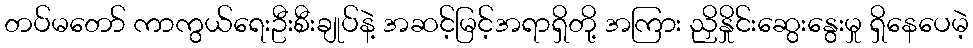
တပ်မတော် ကာကွယ်ရေးဦးစီးချုပ်နဲ့ အဆင့်မြင့်အရာရှိတို့ အကြား ညှိနှိုင်းဆွေးနွေးမှု ရှိနေပေမဲ့